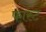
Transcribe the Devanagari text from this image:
फास्‍ट